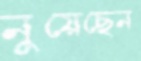
নুয়েছেন